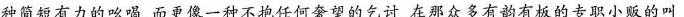
种简短有力的吆喝，而更像一种不抱任何奢望的乞讨，在那众多有韵有板的专职小贩的叫